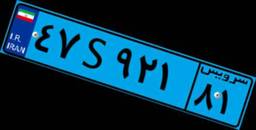
۴۷S۹۲۱۸۱